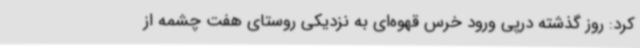
کرد: روز گذشته درپی ورود خرس قهوه‌ای به نزدیکی روستای هفت چشمه از